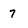
Character: 7